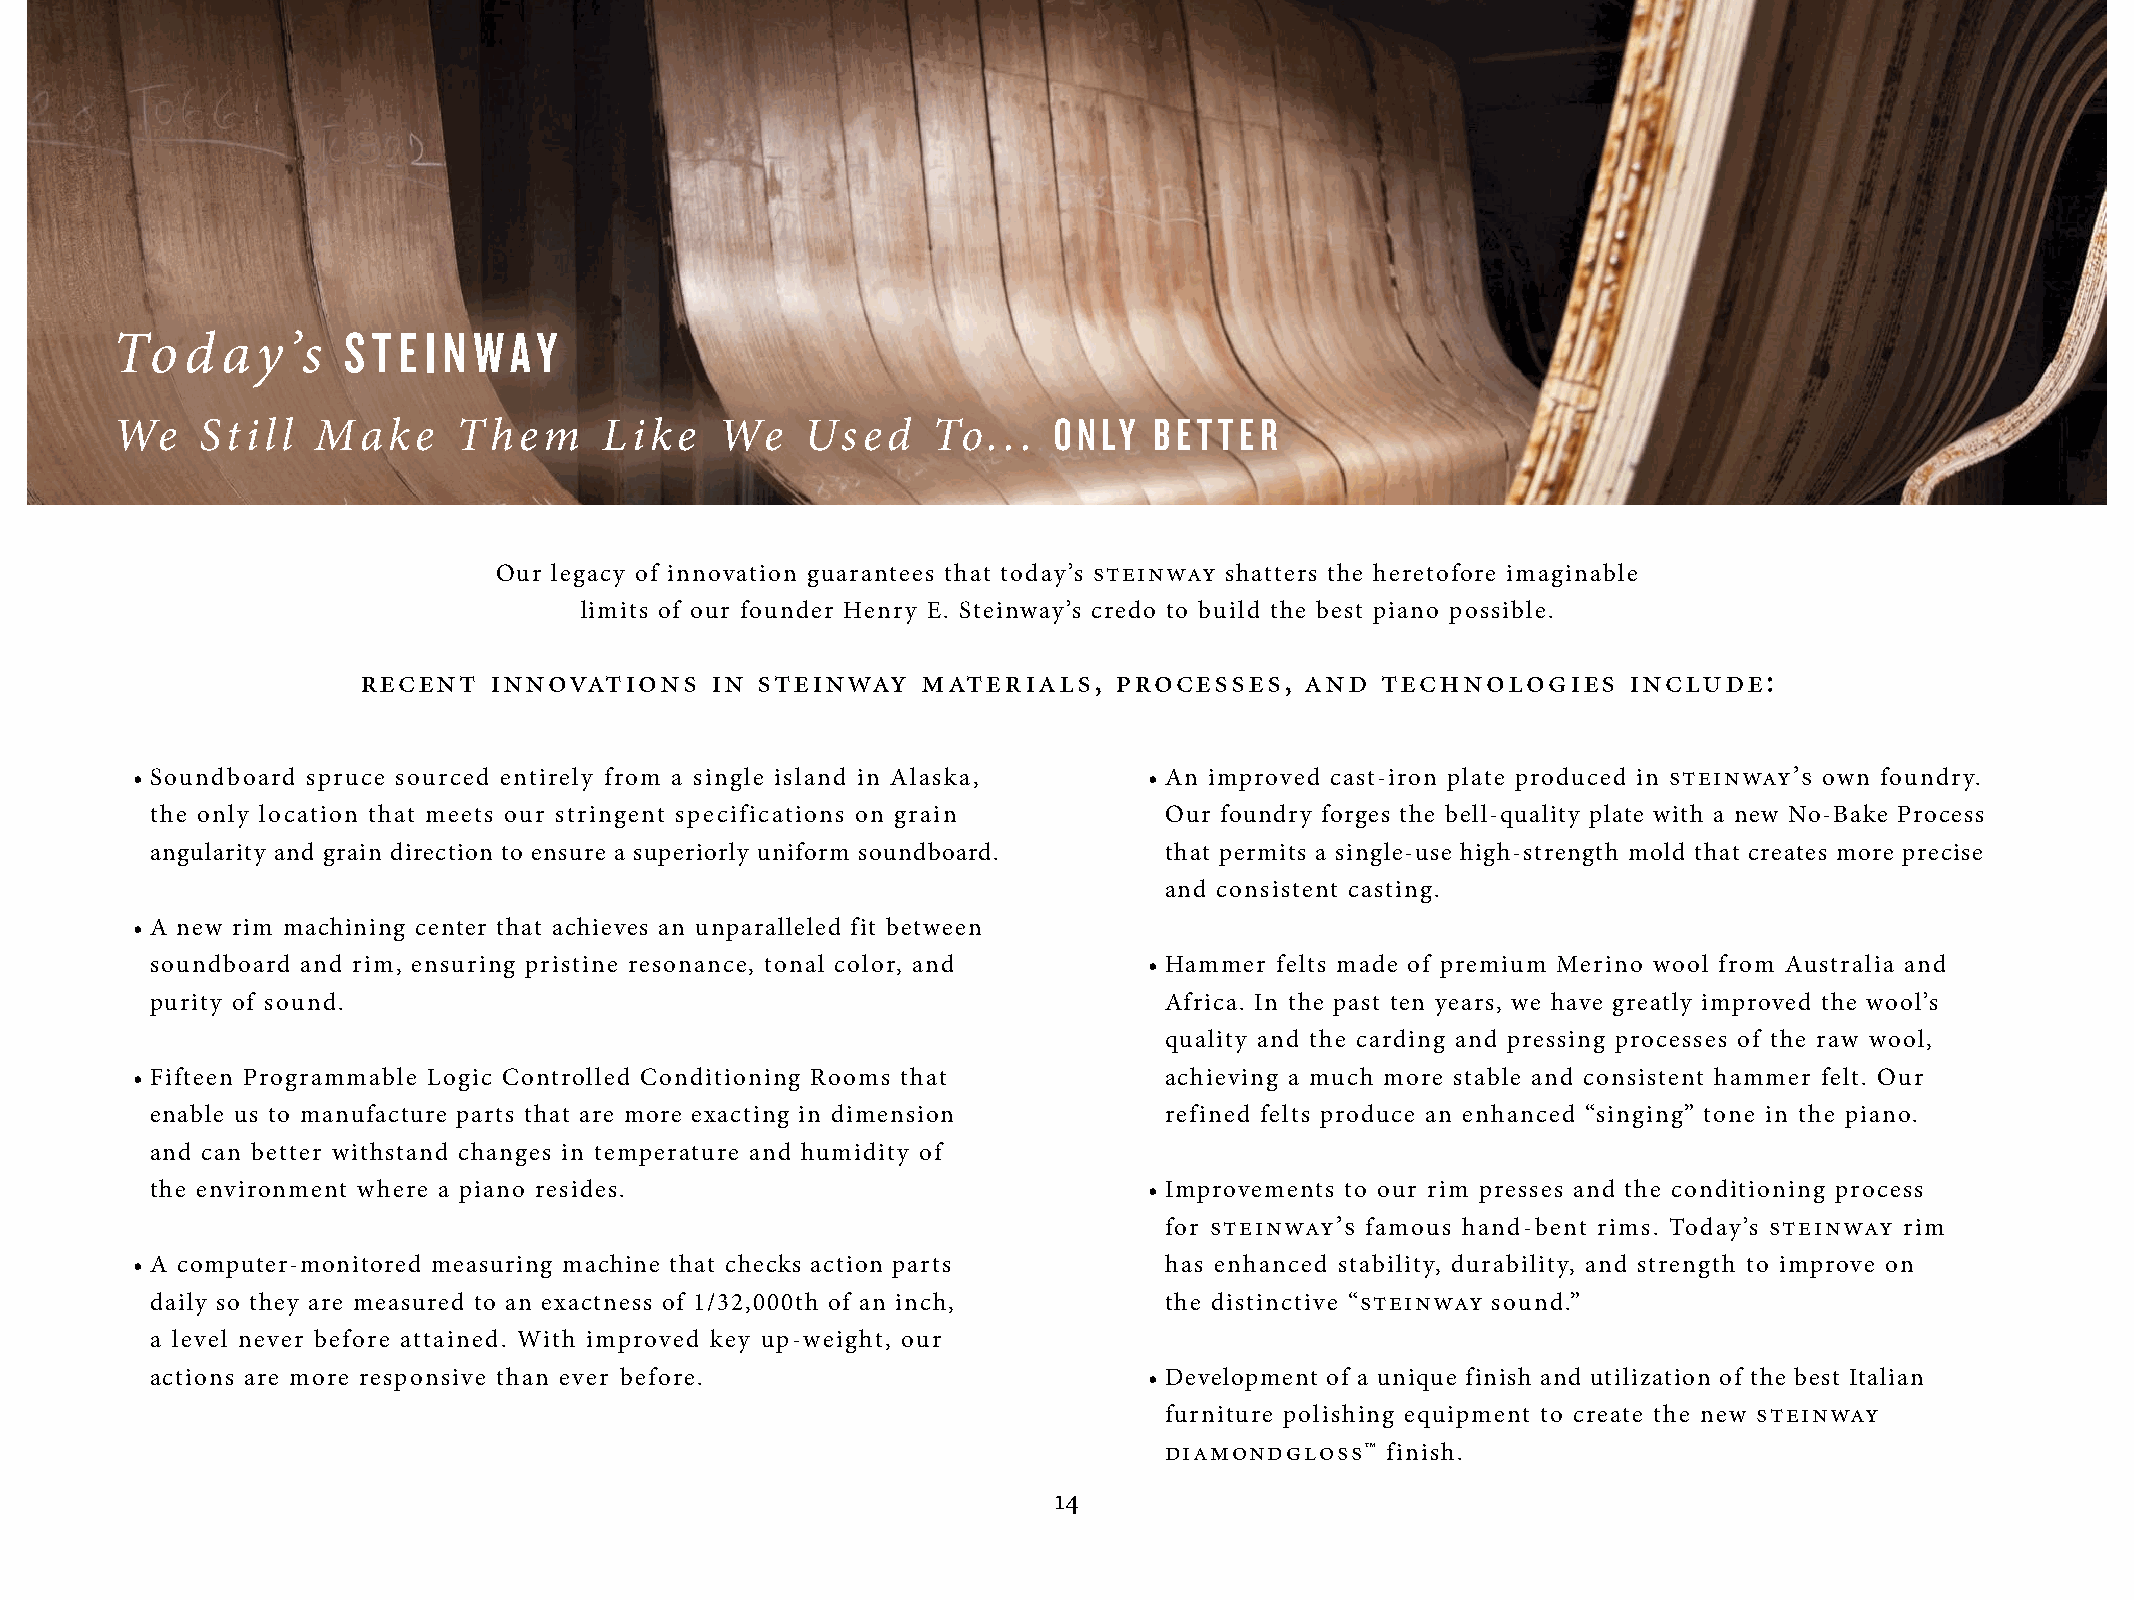
S T E I N WAY
 To   d  ay’s
 ONLY   BETTER
 We    Still   Make     Them      Like    We   Used     To...
 Our legacy of innovation guarantees that today’s steinway shatters the heretofore imaginable
 limits of our founder Henry E. Steinway’s credo to build the best piano possible.
 recent  innovations    in steinway   materials,   processes,  and  technologies     include:
 • Soundboard spruce sourced entirely from a single island in Alaska, • An improved cast-iron plate produced in steinway’s own foundry.
 the only location that meets our stringent specifications on grain Our foundry forges the bell-quality plate with a new No-Bake Process
 angularity and grain direction to ensure a superiorly uniform soundboard. that permits a single-use high-strength mold that creates more precise
 and consistent casting.
 • A new rim machining center that achieves an unparalleled fit between
 soundboard and rim, ensuring pristine resonance, tonal color, and • Hammer felts made of premium Merino wool from Australia and
 purity of sound.                                                   Africa. In the past ten years, we have greatly improved the wool’s
 quality and the carding and pressing processes of the raw wool,
 • Fifteen Programmable Logic Controlled Conditioning Rooms that     achieving a much more stable and consistent hammer felt. Our
 enable us to manufacture parts that are more exacting in dimension refined felts produce an enhanced “singing” tone in the piano.
 and can better withstand changes in temperature and humidity of
 the environment where a piano resides.                            • Improvements to our rim presses and the conditioning process
 for steinway’s famous hand-bent rims. Today’s steinway rim
 • A computer-monitored measuring machine that checks action parts   has enhanced stability, durability, and strength to improve on
 daily so they are measured to an exactness of 1/32,000th of an inch, the distinctive “steinway sound.”
 a level never before attained. With improved key up-weight, our
 actions are more responsive than ever before.                     • Development of a unique finish and utilization of the best Italian
 furniture polishing equipment to create the new steinway
 diamondgloss™  finish.
 14